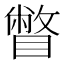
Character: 瞥